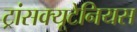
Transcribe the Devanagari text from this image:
ट्रांसक्यूटेनियस